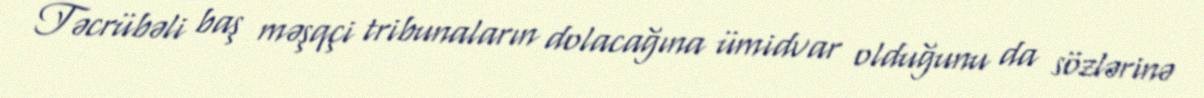
Təcrübəli baş məşqçi tribunaların dolacağına ümidvar olduğunu da sözlərinə